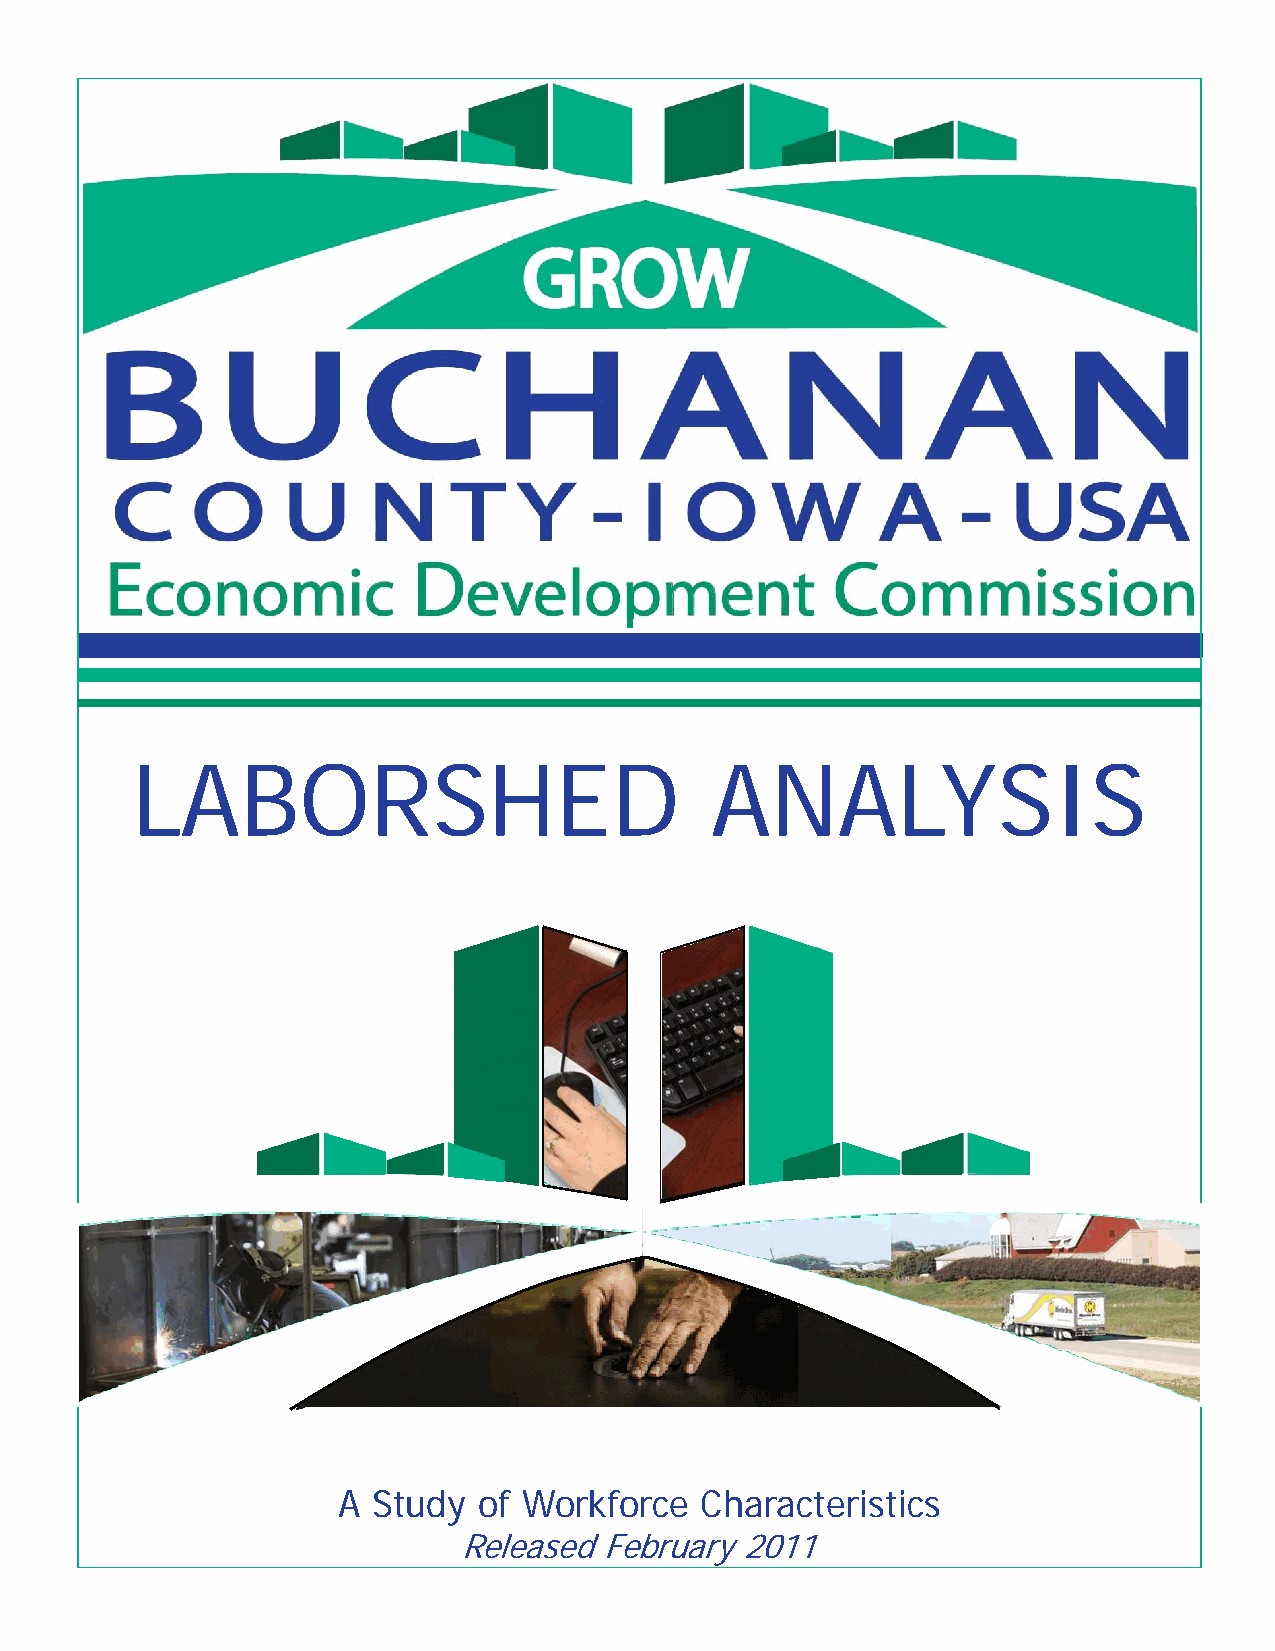
LABORSHED                             ANALYSIS
 A  Study  of Workforce  Characteristics
 Released  February 2011